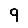
Digit: 9